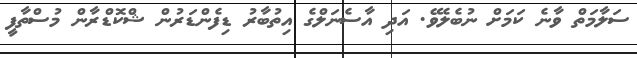
ސަލާމަތް ވާނެ ކަމަށް ނުބެލެވޭ. އަދި އާސެނަލްގެ އިތުބާރު ޑިފެންޑަރުން ޝްކޮޑްރާން މުސްތާފީ